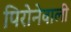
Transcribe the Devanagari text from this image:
पिरोनेवाली